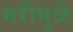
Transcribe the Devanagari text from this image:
भरीमुळे